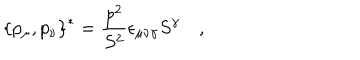
\left\{ p _ { \mu } , p _ { \nu } \right\} ^ { * } = \frac { p ^ { 2 } } { S ^ { 2 } } \epsilon _ { \mu \nu \gamma } S ^ { \gamma } \quad ,